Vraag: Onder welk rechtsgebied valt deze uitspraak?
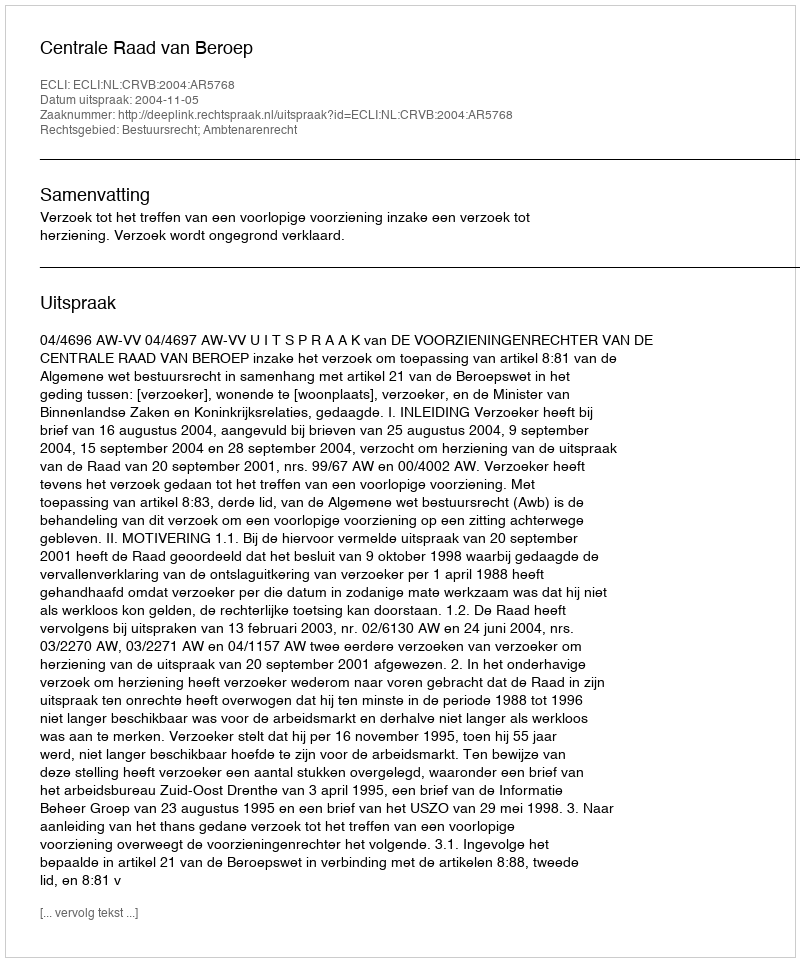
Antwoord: Bestuursrecht; Ambtenarenrecht